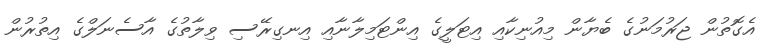
އެގޮތުން ޖަރުމަނުގެ ބެޔާން މިއުނިކާއި އިޓަލީގެ އިންޓަމިލާނާއި އިނގިރޭސި ވިލާތުގެ އާސެނަލްގެ އިތުރުން